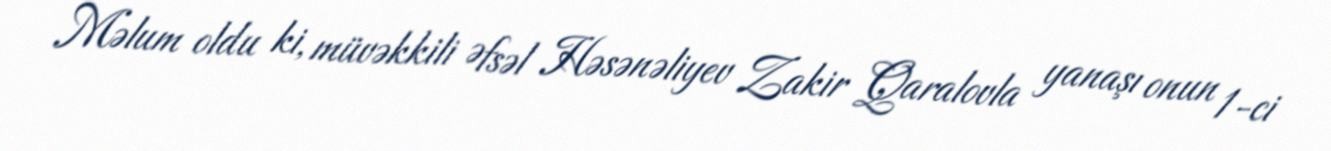
Məlum oldu ki, müvəkkili Əfsəl Həsənəliyev Zakir Qaralovla yanaşı onun 1-ci